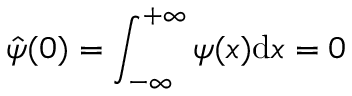
\hat { \psi } ( 0 ) = \int _ { - \infty } ^ { + \infty } \psi ( x ) \mathrm { d } x = 0